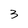
Character: 3